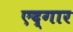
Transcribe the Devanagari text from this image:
एद्गार